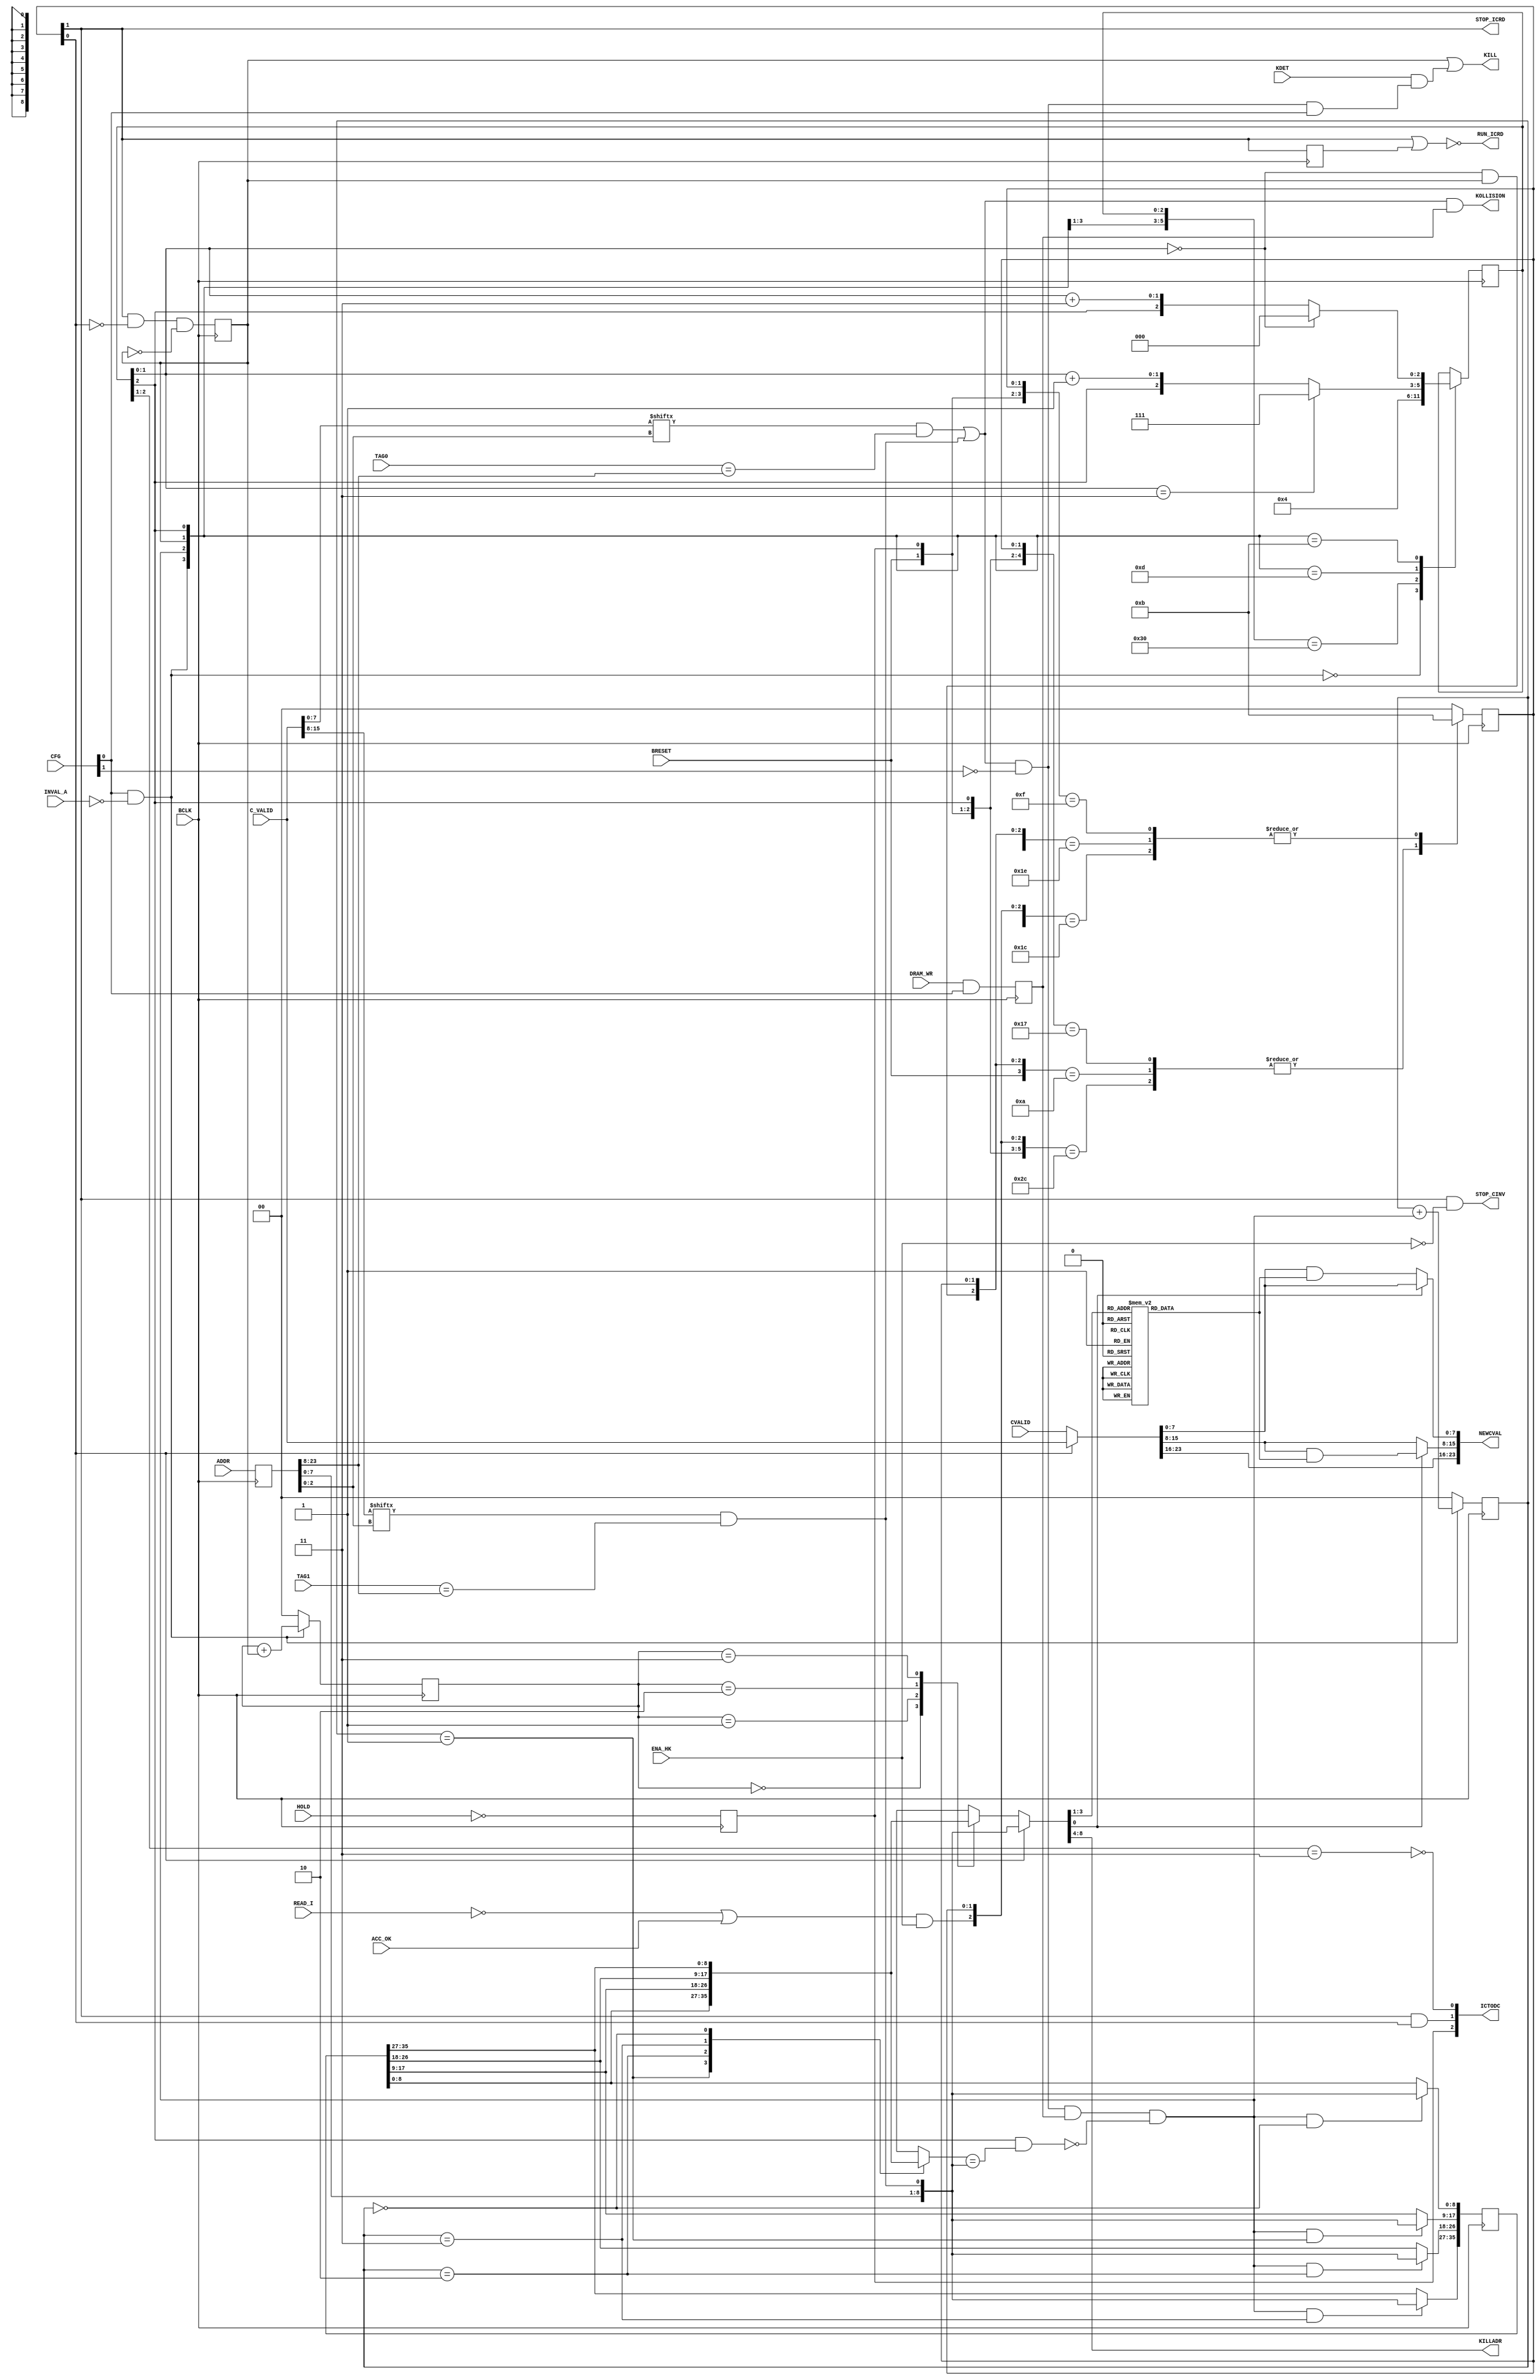
// +++++++++++++++++++++++++++++++++++++++++++++++++++++++++++++++++++++++++++++++++++++++++++++++++
//
// This file is part of the M32632 project
// http://opencores.org/project,m32632
//
//	Version:	2.0
//	History:	1.0 first release of 30 Mai 2015
//
// Copyright (C) 2016 Udo Moeller
// 
// This source file may be used and distributed without 
// restriction provided that this copyright statement is not 
// removed from the file and that any derivative work contains 
// the original copyright notice and the associated disclaimer.
// 
// This source file is free software; you can redistribute it 
// and/or modify it under the terms of the GNU Lesser General 
// Public License as published by the Free Software Foundation;
// either version 2.1 of the License, or (at your option) any 
// later version. 
// 
// This source is distributed in the hope that it will be 
// useful, but WITHOUT ANY WARRANTY; without even the implied 
// warranty of MERCHANTABILITY or FITNESS FOR A PARTICULAR 
// PURPOSE. See the GNU Lesser General Public License for more 
// details. 
// 
// You should have received a copy of the GNU Lesser General 
// Public License along with this source; if not, download it 
// from http://www.opencores.org/lgpl.shtml 
// 
// +++++++++++++++++++++++++++++++++++++++++++++++++++++++++++++++++++++++++++++++++++++++++++++++++
//
//	Modules contained in this file:
//	1. KOLDETECT 	Collision Detection Unit
//	2. ICACHE_SM 	Instruction Cache State Machine
//
// ++++++++++++++++++++++++++++++++++++++++++++++++++++++++++++++++++++++++++++++++++++++++++++++++++

// ++++++++++++++++++++++++++++++++++++++++++++++++++++++++++++++++++++++++++++++++++++++++++++++++++
//
//	1. KOLDETECT 	Collision Detection Unit
//
// ++++++++++++++++++++++++++++++++++++++++++++++++++++++++++++++++++++++++++++++++++++++++++++++++++
module KOLDETECT ( BCLK, BRESET, DRAM_WR, CVALID, ADDR, TAG0, TAG1 , CFG , C_VALID, READ_I, ACC_OK, HOLD, KDET, INVAL_A, ENA_HK,
				   NEWCVAL, KOLLISION, STOP_ICRD, RUN_ICRD, KILL, KILLADR, ICTODC, STOP_CINV );

	input			BCLK;
	input			BRESET;
	input			DRAM_WR;
	input	[23:0]	CVALID;		// Data from master Valid RAM
	input	[27:4]	ADDR;
	input  [27:12]	TAG0,TAG1;
	input	 [1:0]	CFG;
	input	[23:0]	C_VALID;	// Data from secondary Valid RAM
	input			READ_I;
	input			ACC_OK;
	input			HOLD;		// active low
	input			KDET;
	input			INVAL_A;	// Cache Invalidate All
	input			ENA_HK;		// Enable HOLD and Kohaerenz
	
	output	[23:0]	NEWCVAL;
	output			KOLLISION;
	output			STOP_ICRD;
	output			RUN_ICRD;
	output			KILL;
	output	[11:7]	KILLADR;
	output	 [2:0]	ICTODC;
	output			STOP_CINV;
	
	reg		[27:4]	addr_r;
	reg		 [7:0]	clear;
	reg				do_koll;
	reg		 [2:0]	counter;
	reg		 [1:0]	wpointer,rpointer;
	reg		[35:0]	adrfifo;
	reg		 [8:0]	fifo_q,fifo_c;
	reg		 [1:0]	state;
	reg				pipe;
	reg				do_kill;
	reg				dma;

	wire	[7:0]	set_0,set_1;
	wire			match_0,match_1;
	wire			valid_0,valid_1;
	wire			found_0,found_1;
	wire			kolli,dma_kolli;
	wire			last_match;
	wire			wr_entry;
	wire	[23:0]	cdaten;
	wire	 [8:0]	kaddr;
	wire	 [7:0]	new_0,new_1;
	wire			dma_mode,ic_dma;
	wire			free,ende;
	wire			init_b;

	always @(posedge BCLK) do_koll <= DRAM_WR & CFG[0];	// one cycle pulse, without Cache Enable no collision
	always @(posedge BCLK) addr_r <= ADDR;
	
	// similar logic like in CA_MATCH
	
	assign set_0 = C_VALID[7:0];
	assign set_1 = C_VALID[15:8];
		
	assign valid_0 = set_0[addr_r[6:4]];
	assign valid_1 = set_1[addr_r[6:4]];
	
	assign match_0 = ( TAG0 == addr_r[27:12] );	// 4KB
	assign match_1 = ( TAG1 == addr_r[27:12] );	// 4KB
	
	assign found_0 = valid_0 & match_0;
	assign found_1 = valid_1 & match_1;
	
	assign kolli = (found_0 | found_1) & ~CFG[1] & do_koll;	// Action only if ICACHE is not locked

	assign KOLLISION = (found_0 | found_1) & do_koll;	// to Statistik Modul, Register there

	assign dma_kolli = (found_0 | found_1) & ~CFG[1] & CFG[0];
	
	// the FIFO with 4 entries :
	assign init_b = CFG[0] & ~INVAL_A;	// initialise if CINV A too
	
	always @(posedge BCLK)
		if (!init_b) wpointer <= 2'b00;
			else
				wpointer <= wpointer + {1'b0,wr_entry};
				
	always @(posedge BCLK)
		if (!init_b) rpointer <= 2'b00;
			else
				rpointer <= rpointer + {1'b0,do_kill};
	
	always @(posedge BCLK)
	  begin
		if (wr_entry && (wpointer == 2'b00)) adrfifo[8:0]   <= {addr_r[11:4],found_1};
		if (wr_entry && (wpointer == 2'b01)) adrfifo[17:9]  <= {addr_r[11:4],found_1};
		if (wr_entry && (wpointer == 2'b10)) adrfifo[26:18] <= {addr_r[11:4],found_1};
		if (wr_entry && (wpointer == 2'b11)) adrfifo[35:27] <= {addr_r[11:4],found_1};
	  end
		
	always @(adrfifo or rpointer)
		case (rpointer)
		  2'b00 : fifo_q = adrfifo[8:0];
		  2'b01 : fifo_q = adrfifo[17:9];
		  2'b10 : fifo_q = adrfifo[26:18];
		  2'b11 : fifo_q = adrfifo[35:27];
		endcase
		
	always @(adrfifo or wpointer)	// for Match of last entry use wpointer
		case (wpointer)
		  2'b01 : fifo_c = adrfifo[8:0];
		  2'b10 : fifo_c = adrfifo[17:9];
		  2'b11 : fifo_c = adrfifo[26:18];
		  2'b00 : fifo_c = adrfifo[35:27];
		endcase
		
	// Control
	
	assign last_match = counter[2] & (fifo_c == {addr_r[11:4],found_1});	// if Match with last Entry no new Entry

	assign wr_entry = kolli & ~last_match;
	
	always @(posedge BCLK)
		casex ({init_b,wr_entry,do_kill,counter})
		  6'b0_xx_xxx : counter <= 3'b000;
		  6'b1_00_xxx : counter <= counter;
		  6'b1_11_xxx : counter <= counter;
		  6'b1_10_000 : counter <= 3'b100;
		  6'b1_10_1xx : counter <= (counter[1:0] == 2'b11) ? 3'b111 : {counter[2],(counter[1:0] + 2'b01)};	// Overflow avoid
		  6'b1_01_1xx : counter <= (counter[1:0] == 2'b00) ? 3'b000 : {counter[2],(counter[1:0] + 2'b11)};
		  default	  : counter <= counter;
		endcase

	// DMA Access
	always @(posedge BCLK) dma <= ~HOLD;	// there is only one FF for this , from here to DCACHE
	
	// Controlling of ICACHE
	
	assign free = (~READ_I | ACC_OK) & ENA_HK;	// switch off if CINV
	
	always @(posedge BCLK)					//  state[1]  state[0]
		casex ({BRESET,dma,counter[2],free,ende,STOP_ICRD,dma_mode})
		  7'b0_xx_xx_xx : state <= 2'b00;
		  7'b1_00_xx_00 : state <= 2'b00;
		  7'b1_01_1x_00 : state <= 2'b10;	// Start of DCACHE Kohaerenz
		  7'b1_1x_1x_00 : state <= 2'b11;	// Start of DMA
	//
		  7'b1_xx_x0_10 : state <= 2'b10;	// without "ende" it stays as is
		  7'b1_0x_x1_10 : state <= 2'b00;	// DMA is not active
		  7'b1_1x_x1_10 : state <= 2'b11;	// to DMA !
	//
		  7'b1_00_xx_11 : state <= 2'b00;
		  7'b1_01_xx_11 : state <= 2'b10;
		  7'b1_1x_xx_11 : state <= 2'b11;
		  default		: state <= 2'b00;
		endcase
	
	assign STOP_ICRD = state[1];	// used for Multiplexer
	assign dma_mode  = state[0];	// internal Multiplexer

	assign STOP_CINV = state[1] & ~ENA_HK;	// stops CINV if DMA access or Kohaerenz access
	
	assign ende = (counter[1:0] == 2'b00) & do_kill;
	
	assign ic_dma = STOP_ICRD & dma_mode;	// Signal to DCACHE that ICACHE has stoped
	
	always @(posedge BCLK) pipe <= STOP_ICRD;
		
	assign RUN_ICRD = ~(STOP_ICRD | pipe);	// Release for IC_READ
	
	always @(posedge BCLK) do_kill <= STOP_ICRD & ~dma_mode & ~do_kill;	// Write pulse in Cache Valid RAM, 1 cycle on, 1 cycle off
	
	assign KILL = do_kill | (KDET & dma_kolli);
	
	// Valid Daten prepare : different sources for DMA and DCACHE Kohaerenz
	
	assign cdaten = dma_mode ? C_VALID : CVALID;
	assign kaddr  = dma_mode ? {addr_r[11:4],found_1} : fifo_q;
	
	assign KILLADR = kaddr[8:4];
	
	always @(kaddr)
		case (kaddr[3:1])
		  3'h0 : clear = 8'hFE;
		  3'h1 : clear = 8'hFD;
		  3'h2 : clear = 8'hFB;
		  3'h3 : clear = 8'hF7;
		  3'h4 : clear = 8'hEF;
		  3'h5 : clear = 8'hDF;
		  3'h6 : clear = 8'hBF;
		  3'h7 : clear = 8'h7F;
		endcase
	
	assign new_0 = kaddr[0] ? cdaten[7:0] : (cdaten[7:0] & clear);
	assign new_1 = kaddr[0] ? (cdaten[15:8] & clear) : cdaten[15:8];

	assign NEWCVAL = {cdaten[23:16],new_1,new_0};
	
	// multiple signals are needed in DCACHE :
	assign ICTODC = {dma,ic_dma,~(counter[2:1] == 2'b11)};
	
endmodule

// ++++++++++++++++++++++++++++++++++++++++++++++++++++++++++++++++++++++++++++++++++++++++++++++++++
//
//	2. ICACHE_SM 	Instruction Cache State Machine
//
// ++++++++++++++++++++++++++++++++++++++++++++++++++++++++++++++++++++++++++++++++++++++++++++++++++
module ICACHE_SM ( BCLK, BRESET, IO_SPACE, MDONE, IO_READY, MMU_HIT, CA_HIT, READ, PTE_ACC,
				   USE_CA, PTB_WR, PTB_SEL, USER, PROT_ERROR,
				   DRAM_ACC, IO_RD, IO_ACC, IC_PREQ, ACC_OK, HIT_ALL, CUPDATE, AUX_DAT, NEW_PTB, PTB_ONE );

	input			BCLK;
	input			BRESET;
	input			IO_SPACE;
	input			MDONE;		// Memory Done : Feedback from DRAM Controller, BCLK aligned
	input			IO_READY;
	input			MMU_HIT,CA_HIT;
	input			READ;
	input			PTE_ACC;
	input			USE_CA;
	input			PTB_WR,PTB_SEL;
	input			USER;
	input			PROT_ERROR;
	
	output	reg		DRAM_ACC,IO_RD;
	output			IO_ACC;
	output			IC_PREQ;
	output			ACC_OK;
	output			HIT_ALL;
	output			CUPDATE;
	output			AUX_DAT;
	output	reg		NEW_PTB,PTB_ONE;
	
	reg		 [3:0]	new_state;
	reg				rd_done;
	reg				card_flag;
	reg				rd_rdy;

	wire			io_busy;
	wire			dram_go;
	wire			rd_ende;
	wire			do_ca_rd;
	
// Cycle :			/-\_/-\_/-\_/-\_/-\_/-\_/-\_/-\_/-\_/-\_
// Access :			_/-----------------------------------\__
// State Machine :  ____/----------------------------\______
//							Busy status ...

	assign rd_ende = CA_HIT | rd_rdy;	// CA_HIT only if Cache activ !

	always @(	 READ	 	// only READ , global control
			  or PROT_ERROR	// is not allowed !
			//
			  or IO_SPACE	// indicates access in the IO_WELT
			  or io_busy	// is already active ?
			//
			  or MMU_HIT	// Hit in the MMU , now only a READ can be active
			  or rd_ende	// Cache Hit
			  or DRAM_ACC	// DRAM Access running
			//
			  or PTE_ACC )	// PTE Access running
			//				  #_#			   #_#						#_#
		casex ({READ,PROT_ERROR,IO_SPACE,io_busy,MMU_HIT,rd_ende,DRAM_ACC,PTE_ACC})
		// MMU Miss : PTE load from memory 
		  8'b10_xx_0xx_0 : new_state = 4'b0100;	// start PTE access
	  	// IO-Address selected : external access starts if not already BUSY
		  8'b10_10_1xx_x : new_state = 4'b0001;
		// DRAM Access : Cache Miss at READ
		  8'b10_0x_100_x : new_state = 4'b1010;	// can start directly
		  default 		 : new_state = 4'b0;
		endcase
		
	assign IO_ACC   = new_state[0];	// to load the Register for Data and Addr
	assign dram_go  = new_state[1];
	assign IC_PREQ  = new_state[2];	// MMU to DCACHE !
	assign do_ca_rd = new_state[3];
	
	assign HIT_ALL = MMU_HIT & CA_HIT;	// for Update "Last-Set" , MMU_HIT contains ZUGRIFF
	
	always @(posedge BCLK or negedge BRESET)
		if (!BRESET) card_flag <= 1'b0;
			else card_flag <= (do_ca_rd & ~rd_rdy) | (card_flag & ~MDONE);
	
	assign CUPDATE = card_flag & USE_CA & MDONE;	// USE_CA = ~CI & ~LDC;
	
	always @(posedge BCLK) rd_rdy <= card_flag & MDONE;	
	
	// The cache RAM can not provide fast enough the data after an Update. In this case a secondary data path is activated
	assign AUX_DAT = rd_rdy;
	
	// DRAM Interface :

	always @(posedge BCLK) if (dram_go) DRAM_ACC <= 1'b1;
							 else
								DRAM_ACC <= DRAM_ACC & ~MDONE & BRESET;
	// IO Interface :
	
	always @(posedge BCLK)
	  begin
		if (IO_ACC) IO_RD <= READ;  else IO_RD <= IO_RD & ~IO_READY & BRESET;
	  end
	  
	assign io_busy = IO_RD | rd_done;	// access is gone in next clock cycle, therefore blocked with "rd_done"
	
	always @(posedge BCLK) rd_done <= READ & IO_READY;	// For READ one clock later for data to come through
	
	// global feedback to opcode fetch unit : you can continue
	
	assign ACC_OK = IO_SPACE ? rd_done : (READ & MMU_HIT & rd_ende);
	
	// PTB1 und PTB0
	
	always @(posedge BCLK) NEW_PTB <= PTB_WR;			// to MMU Update Block
	always @(posedge BCLK) if (PTB_WR) PTB_ONE <= PTB_SEL;
	
endmodule